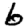
Digit: 6